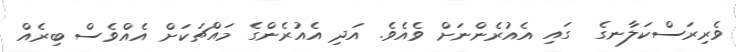
ވެރިރަސްކަލާނގެ  ގައި އެއުރެންނަށް ވެއެވެ. އަދި އެއުރެންގެ މައްޗަކަށް އެއްވެސް ބިރެއް